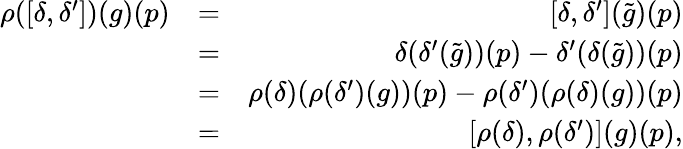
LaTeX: \begin{array}{rlr}{\rho([\delta,\delta^{\prime}])(g)(p)}&{=}&{[\delta,\delta^{\prime}](\tilde{g})(p)}\\ &{=}&{\delta(\delta^{\prime}(\tilde{g}))(p)-\delta^{\prime}(\delta(\tilde{g}))(p)}\\ &{=}&{\rho(\delta)(\rho(\delta^{\prime})(g))(p)-\rho(\delta^{\prime})(\rho(\delta)(g))(p)}\\ &{=}&{[\rho(\delta),\rho(\delta^{\prime})](g)(p),}\end{array}